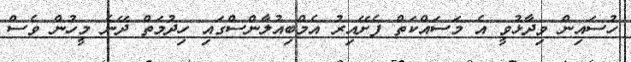
ހުސައިން ވިދާޅުވީ އެ މަސައްކަތް ފެށޭއިރު އެމްބިއުލާންސްގައި ހިދުމަތް ދޭނެ މީހުން ވެސް